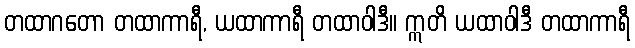
တထာဂတော တထာကာရီ, ယထာကာရီ တထာဝါဒီ။ ဣတိ ယထာဝါဒီ တထာကာရီ